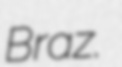
Braz.